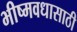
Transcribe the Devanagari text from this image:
भीष्मवधासाठी